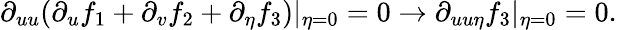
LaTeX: \partial_{uu}(\partial_{u}f_{1}+\partial_{v}f_{2}+\partial_{\eta}f_{3})\vert_{\eta=0}=0\rightarrow\partial_{uu\eta}f_{3}\vert_{\eta=0}=0.